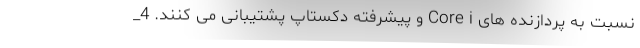
نسبت به پردازنده های Core i و پیشرفته دکستاپ پشتیبانی می کنند. 4_